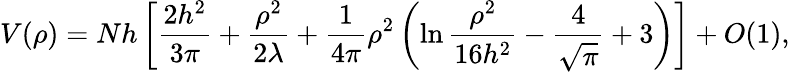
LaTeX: V(\rho)=Nh\left[\frac{2h^{2}}{3\pi}+{\frac{\rho^{2}}{2\lambda}}+{\frac{1}{4\pi}}\rho^{2}\left(\ln{\frac{\rho^{2}}{16h^{2}}}-{\frac{4}{\sqrt{\pi}}}+3\right)\right]+O(1),